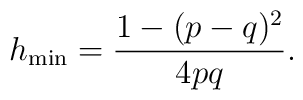
h_{\mbox{\scriptsize min}} = \frac{1-(p-q)^2}{4pq}.